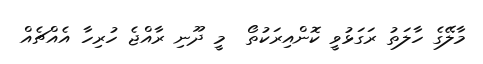
މާލޭގެ ހާލަތު ރަގަޅުވީ ކޮންއިރަކުތޯ  މީ ދޫނި ރާއްޖެ ހުރިހާ އެއްޗެއް